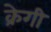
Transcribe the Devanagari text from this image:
क्रेगी